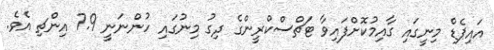
އައިޕެޑް މިނީގައި ގާއިމުކޮށްފައިވާ ޓަޗްސްކްރީންގެ ދިގު މިނުގައި ހުންނަނީ 7.9 އިންޗި އެވެ.